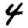
Digit: 4